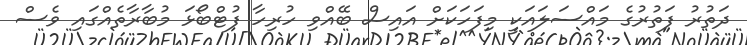
ދަތުރު ފަތުރުގެ މައްސަލައަކީ މިފަހަކަށް އައިސް ބޭއްވި ހުރިހާ ފުޓްބޯޅަ މުބާރާތެއްގައި ވެސް